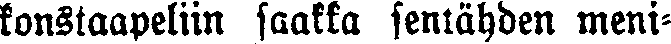
konstaapeliin saakka senlähden meni-